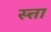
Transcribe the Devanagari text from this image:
स्त्ता